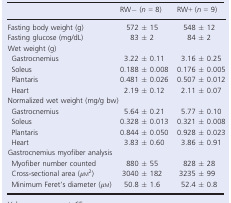
<table><thead><tr><td></td><td><b>RW− (<i>n </i>=<i> </i>8)</b></td><td><b>RW+ (<i>n </i>=<i> </i>9)</b></td></tr></thead><tbody><tr><td>Fasting body weight (g)</td><td>572 ± 15</td><td>548 ± 12</td></tr><tr><td>Fasting glucose (mg/dL)</td><td>83 ± 2</td><td>84 ± 2</td></tr><tr><td colspan="3">Wet weight (g)</td></tr><tr><td> Gastrocnemius</td><td>3.22 ± 0.11</td><td>3.16 ± 0.25</td></tr><tr><td> Soleus</td><td>0.188 ± 0.008</td><td>0.176 ± 0.005</td></tr><tr><td> Plantaris</td><td>0.481 ± 0.026</td><td>0.507 ± 0.012</td></tr><tr><td> Heart</td><td>2.19 ± 0.12</td><td>2.11 ± 0.07</td></tr><tr><td colspan="3">Normalized wet weight (mg/g bw)</td></tr><tr><td> Gastrocnemius</td><td>5.64 ± 0.21</td><td>5.77 ± 0.10</td></tr><tr><td> Soleus</td><td>0.328 ± 0.013</td><td>0.321 ± 0.008</td></tr><tr><td> Plantaris</td><td>0.844 ± 0.050</td><td>0.928 ± 0.023</td></tr><tr><td> Heart</td><td>3.83 ± 0.60</td><td>3.86 ± 0.91</td></tr><tr><td colspan="3">Gastrocnemius myofiber analysis</td></tr><tr><td> Myofiber number counted</td><td>880 ± 55</td><td>828 ± 28</td></tr><tr><td> Cross-sectional area (<i>μ</i>m<sup>2</sup>)</td><td>3040 ± 182</td><td>3235 ± 99</td></tr><tr><td> Minimum Feret&#x27;s diameter (<i>μ</i>m)</td><td>50.8 ± 1.6</td><td>52.4 ± 0.8</td></tr></tbody></table>